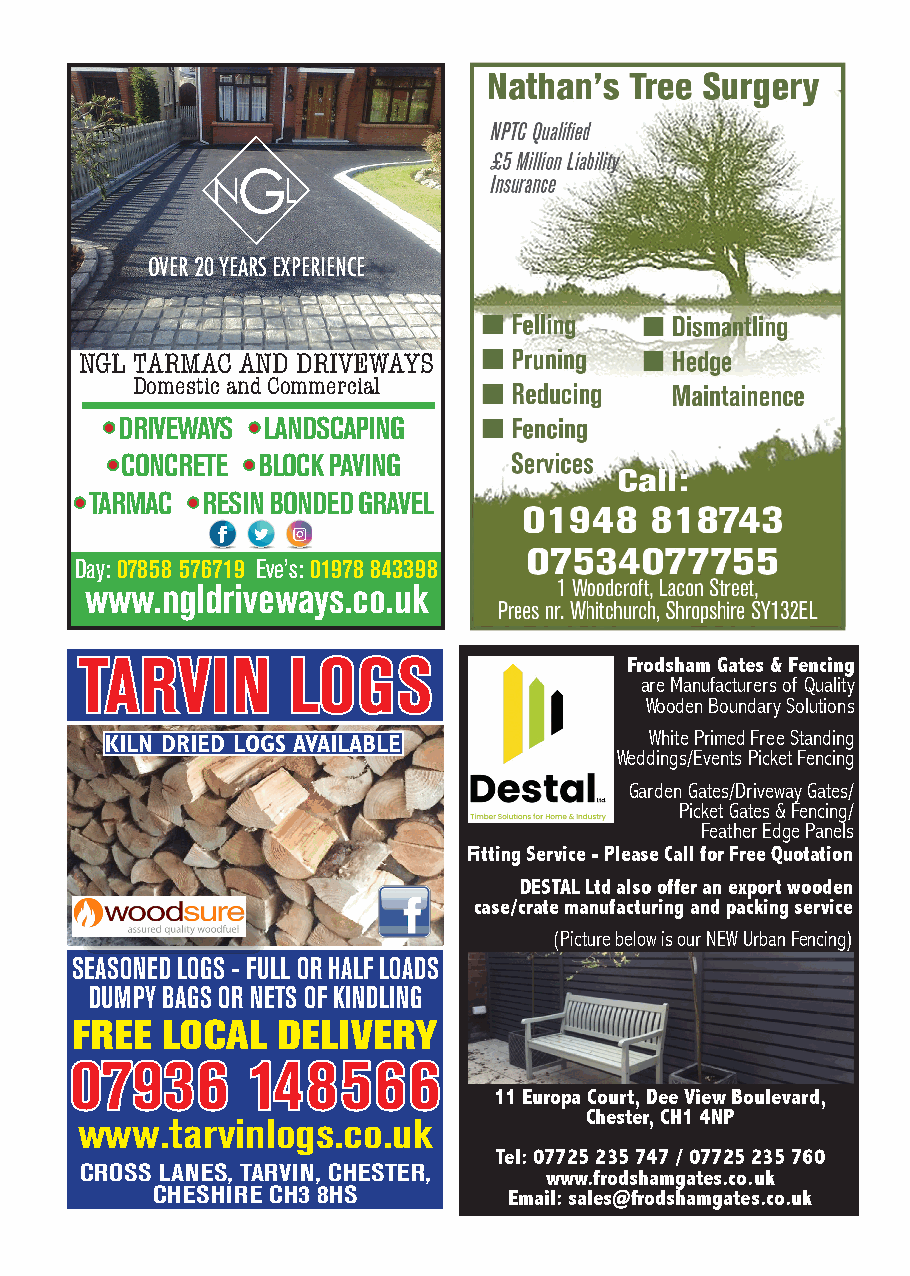
G
 N    L
 OVER 20 YEARS EXPERIENCE
 NGL TARMAC AND DRIVEWAYS
 Domestic and Commercial
 •• DRIVEWAYS •• LANDSCAPING
 •• CONCRETE •• BLOCK PAVING
 •• TARMAC •• RESIN BONDED GRAVEL
 Day: 07858 576719 Eve’s: 01978 843398
 www.ngldriveways.co.uk
 TTAARRVVIINN  LLOOGGSS              Frodsham Gates & Fencing
 are Manufacturers of Quality
 Wooden Boundary Solutions
 KILN DRIED LOGS AVAILABLE           White Primed Free Standing
 Weddings/Events Picket Fencing
 Garden Gates/Driveway Gates/
 Picket Gates & Fencing/
 Feather Edge Panels
 Fitting Service - Please Call for Free Quotation
 DESTAL Ltd also offer an export wooden
 case/crate manufacturing and packing service
 (Picture below is our NEW Urban Fencing)
 SEASONED LOGS - FULL OR HALF LOADS
 DUMPY BAGS OR NETS OF KINDLING
 FREE  LOCAL  DELIVERY
 0077993366 114488556666       WE  HAVE MOVED!
 1111 E Euuroroppaa C Coouurrtt,, DDeeee VViieeww BBoouulleevvaarrdd,,
 CChheesstteerr , CCHH11 44NNPP
 www.tarvinlogs.co.uk
 Tel: 07725 235 760 / 07725 235 747
 Tel: 07725 235 747 / 07725 235 760
 CROSS LANES, TARVIN, CHESTER, w ww ww w. .f fr ro od ds sh ha am mgg aa tt ee ss .. cc oo .. uu kk
 CHESHIRE CH3 8HS       E Em ma ail il: : s sa al le es s@ @fr fro od ds sh ha am mg ga att ee ss .. cc oo .. uu kk
 21